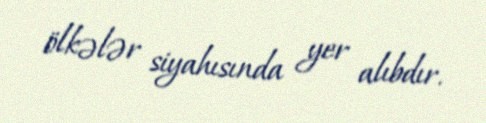
ölkələr siyahısında yer alıbdır.